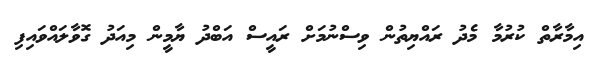
އިމާރާތް ކުރުމާ މެދު ރައްޔިތުން ވިސްނުމަށް ރައީސް އަބްދު ޔާމީން މިއަދު ގޮވާލައްވައިފި